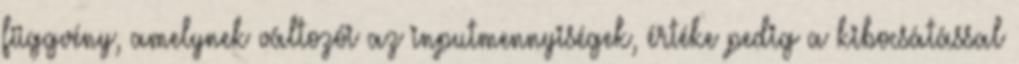
függvény, amelynek változói az inputmennyiségek, értéke pedig a kibocsátással